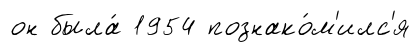
он была́ 1954 познако́м'илс'я